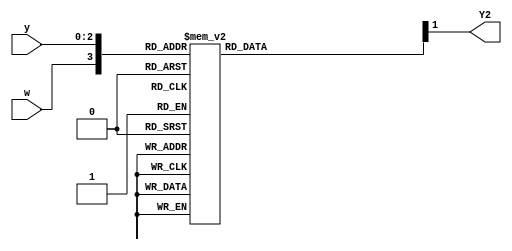
/*

Copyright 2022 Marc Ketel
SPDX-License-Identifier: Apache-2.0

*/

`default_nettype none

module top_module (
    input wire [3:1] y,
    input wire w,
    output wire Y2
);

  parameter STATE_A = 3'b000;
  parameter STATE_B = 3'b001;
  parameter STATE_C = 3'b010;
  parameter STATE_D = 3'b011;
  parameter STATE_E = 3'b100;
  parameter STATE_F = 3'b101;

  reg [3:1] next_state;

  assign Y2 = next_state[2];

  //Determine next state.
  always @(*) begin
    case ({
      w, y
    })
      {1'b0, STATE_A} : next_state = STATE_B;
      {1'b1, STATE_A} : next_state = STATE_A;
      {1'b0, STATE_B} : next_state = STATE_C;
      {1'b1, STATE_B} : next_state = STATE_D;
      {1'b0, STATE_C} : next_state = STATE_E;
      {1'b1, STATE_C} : next_state = STATE_D;
      {1'b0, STATE_D} : next_state = STATE_F;
      {1'b1, STATE_D} : next_state = STATE_A;
      {1'b0, STATE_E} : next_state = STATE_E;
      {1'b1, STATE_E} : next_state = STATE_D;
      {1'b0, STATE_F} : next_state = STATE_C;
      {1'b1, STATE_F} : next_state = STATE_D;
      default: next_state = STATE_A;
    endcase
  end

endmodule